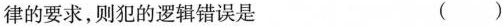
律的要求，则犯的逻辑错误是 ()